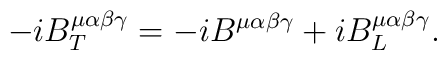
-iB_T^{\mu\alpha\beta\gamma}=-iB^{\mu\alpha\beta\gamma}+iB_L^{\mu\alpha\beta\gamma}.